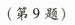
(第9题)